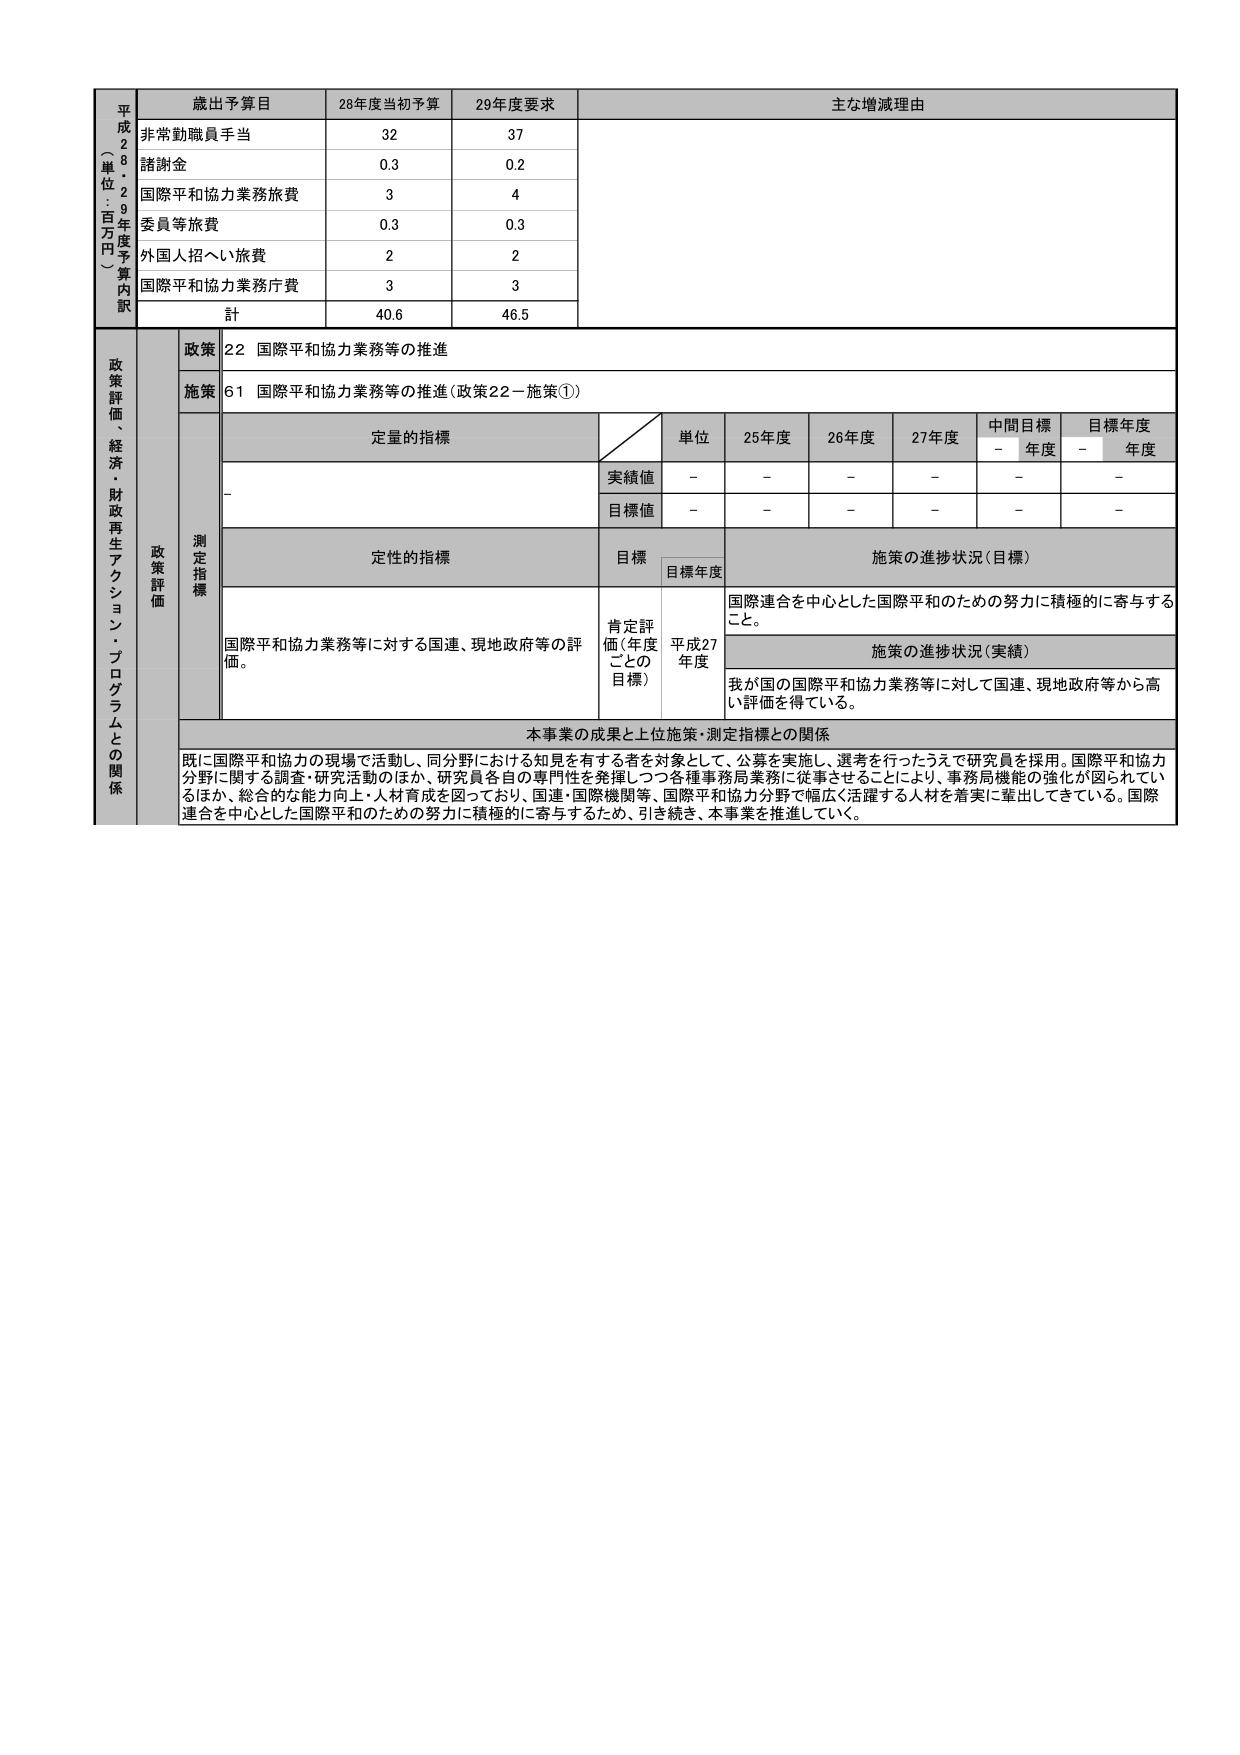
平成28・29年度予算内訳（単位：百万円）
歳出予算目 28年度当初予算 29年度要求 主な増減理由
非常勤職員手当 32 37
諸謝金 0.3 0.2
国際平和協力業務旅費 3 4
委員等旅費 0.3 0.3
外国人招へい旅費 2 2
国際平和協力業務庁費 3 3
計 40.6 46.5
政策評価、経済・財政再生アクション・プログラムとの関係
政策 22 国際平和協力業務等の推進
施策 61 国際平和協力業務等の推進（政策22－施策①）
政策評価 測定指標
定量的指標 単位 25年度 26年度 27年度 中間目標年度 目標年度年度
実績値 - - - - - -
目標値 - - - - - -
定性的指標 目標 目標年度 施策の進捗状況（目標）
国際平和協力業務等に対する国連、現地政府等の評価。 肯定評価（年度ごとの目標） 平成27年度 国際連合を中心とした国際平和のための努力に積極的に寄与すること。
施策の進捗状況（実績） 我が国の国際平和協力業務等に対して国連、現地政府等から高い評価を得ている。
本事業の成果と上位施策・測定指標との関係
既に国際平和協力の現場で活動し、同分野における知見を有する者を対象として、公募を実施し、選考を行ったうえで研究員を採用。国際平和協力分野に関する調査・研究活動のほか、研究員各自の専門性を発揮しつつ各種事務局業務に従事させることにより、事務局機能の強化が図られているほか、総合的な能力向上・人材育成を図っており、国連・国際機関等、国際平和協力分野で幅広く活躍する人材を着実に輩出してきている。国際連合を中心とした国際平和のための努力に積極的に寄与するため、引き続き、本事業を推進していく。